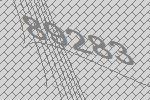
89283